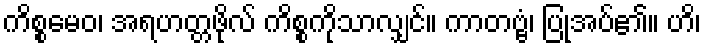
ကိစ္စမေဝ၊ အရဟတ္တဖိုလ် ကိစ္စကိုသာလျှင်။ ကာတဗ္ဗံ၊ ပြုအပ်၏။ ဟိ၊